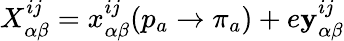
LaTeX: X_{\alpha\beta}^{ij}=x_{\alpha\beta}^{ij}(p_{a}\rightarrow\pi_{a})+e\mathbf{y}_{\alpha\beta}^{ij}